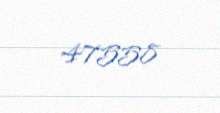
47558